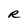
Character: R